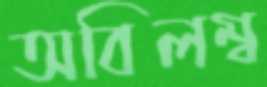
অবিলম্ব